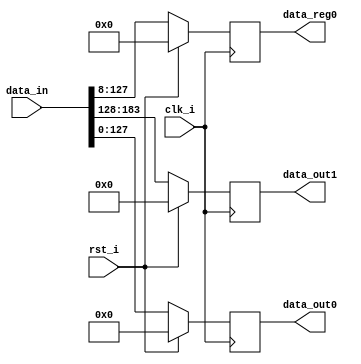
// +FHDR-------------------------------------------------------------------
// TYPE: module
// DEPARTMENT:
// AUTHOR'S EMAIL: 785584784@qq.com
// ------------------------------------------------------------------------
// KEYWORDS: FIFO
// ------------------------------------------------------------------------
// PARAMETERS
//
// ------------------------------------------------------------------------
// REUSE ISSUES
// Reset Strategy: synchronous and high_valid
// Clock Domains: global
// Critical Timing:
// Test Features:
// Asynchronous I/F:
// Scan Methodology:
// Instantiations:
// -FHDR-------------------------------------------------------------------

module FIFO_0 (
    input               clk_i    ,
    input               rst_i    ,
    input  wire [183:0] data_in  ,
    output reg  [127:0] data_out0, //first output
    output reg  [ 55:0] data_out1, //left pixels
    output reg  [119:0] data_reg0  //pixels for re-use
);

    always@(posedge clk_i)
        begin
            if(rst_i)
                begin
                    data_out0 <= 0;
                    data_out1 <= 0;
                    data_reg0 <= 0;
                end
            else
                begin
                    data_out0 <= data_in[127:0];
                    data_out1 <= data_in[183:128];
                    data_reg0 <= data_in[127:8];
                end
        end

endmodule